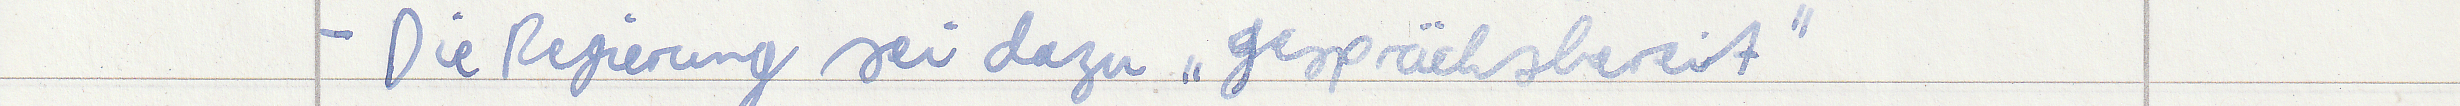
- Die Regierung sei dazu "gesprächsbereit"